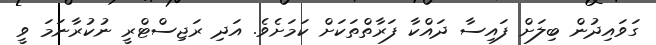
ގަވައިދުން ބިލަށް ފައިސާ ދައްކާ ފަރާތްތަކަށް ކަމަށެވެ. އަދި ރަޖިސްޓްރީ ނުކުރާނަމަ ވީ